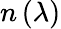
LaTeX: n\left(\lambda\right)